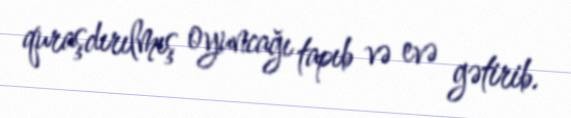
quraşdırılmış oyuncağı tapıb və evə gətirib.